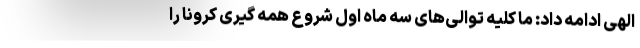
الهی ادامه داد: ما کلیه توالی‌های سه ماه اول شروع همه گیری کرونا را